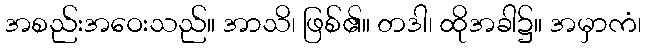
အစည်းအဝေးသည်။ အာသိ၊ ဖြစ်၏။ တဒါ၊ ထိုအခါ၌။ အမှာကံ၊